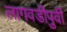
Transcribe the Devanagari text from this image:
लागवडीपुर्वी